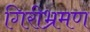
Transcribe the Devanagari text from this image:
गिरीभ्रमण